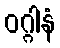
ဝဂ္ဂါနံ